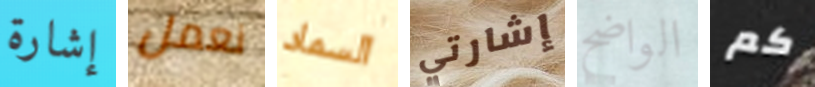
إشارة نعمل السماد إشارتي الواضح كم